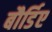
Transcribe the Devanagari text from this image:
बौर्डिए